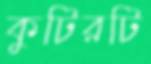
কুটিরটি